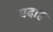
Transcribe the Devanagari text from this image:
यदाह